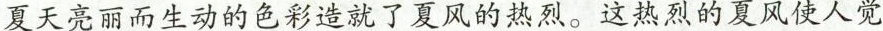
夏天亮丽而生动的色彩造就了夏风的热烈。这热烈的夏风使人觉